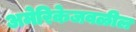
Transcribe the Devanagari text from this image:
अमेरिकेजवळील